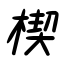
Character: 楔